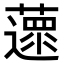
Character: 𦿚